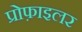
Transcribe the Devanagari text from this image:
प्रोफ़ाइलर